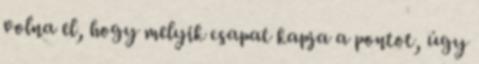
volna el, hogy melyik csapat kapja a pontot, úgy